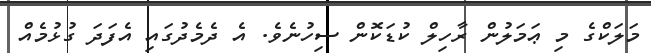
މަލަކްގެ މި ޢަމަލުން ރާހިލް ކުޑަކޮން ސިހުނެވެ. އެ ދެމެދުގައި އެފަދަ ގުޅުމެއް